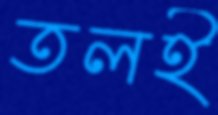
তলই